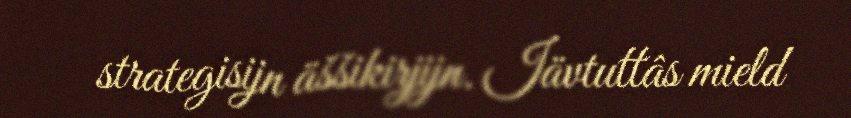
strategisijn äššikirjijn. Iävtuttâs mield